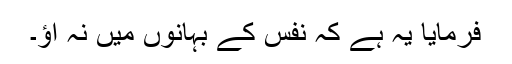
فرمایا یہ ہے کہ نفس کے بہانوں میں نہ آؤ۔